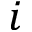
i